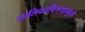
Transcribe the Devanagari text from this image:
मालिकाविजयामुळे